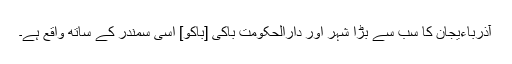
آذرباءیجان کا سب سے بڑا شہر اور دارالحکومت باکی [باکو] اسی سمندر کے ساتھ واقع ہے۔